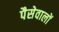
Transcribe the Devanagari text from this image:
पैसेवालों